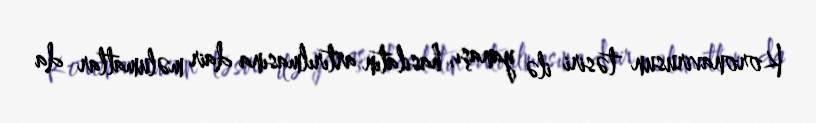
Koronavirusun təsiri ilə yanaşı, hasilatın artırılmasına dair məlumatlar da